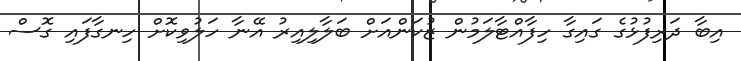
އިބާ ދަރިފުޅުގެ ގައިގާ ހިފާއްޓާލަމުން ޒުކަންއަށް ބަލާލިއިރު އޭނާ ހަލުވިކޮށް ހިނގާފައި ގޮސް